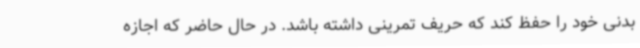
بدنی خود را حفظ کند که حریف تمرینی داشته باشد. در حال حاضر که اجازه